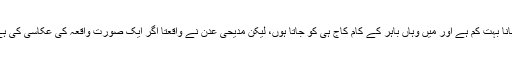
اُس کارپوریٹ محلے میں میرا آنا جانا بہت کم ہے اور میں وہاں باہر کے کام کاج ہی کو جاتا ہوں، لیکن مدیحی عدن نے واقعتاً اگر ایک صورتِ واقعہ کی عکاسی کی ہے تو مجھے تھوڑا اداس کر دیا ہے۔